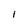
Character: I